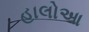
હાલોઆ